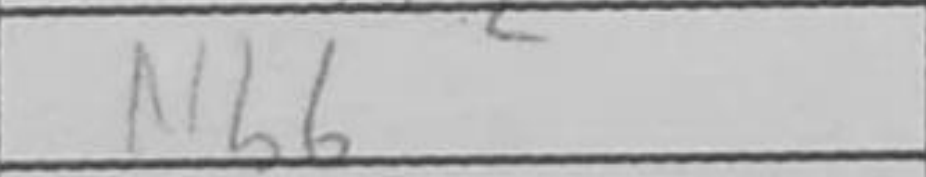
Transcription: Nb6